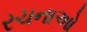
રચનાઓ